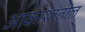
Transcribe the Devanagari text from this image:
आकाशांतील